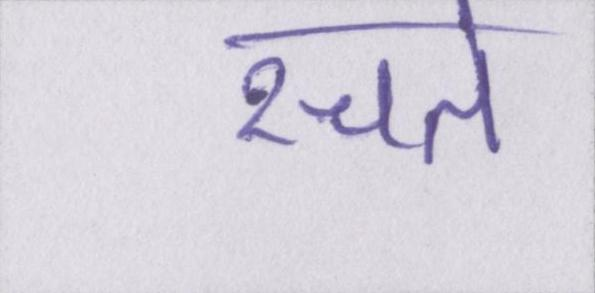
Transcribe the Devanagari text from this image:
रचते